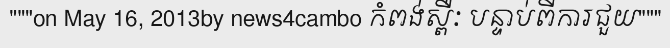
"""on May 16, 2013by news4cambo កំពង់ស្ពឺៈ បន្ទាប់ពីការជួយ"""